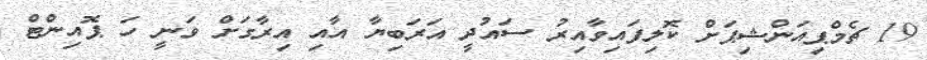
19 ޗެމްޕިއަންޝިޕަށް ކޮލިފައިވާއިރު ސައުދީ އަރަބިޔާ އާއި އިރާގަށް ވަނީ ހަ ޕޮއިންޓް